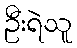
ဦးရဲသူ